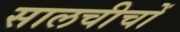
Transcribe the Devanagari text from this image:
सालचीचों